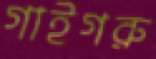
গাইগরু